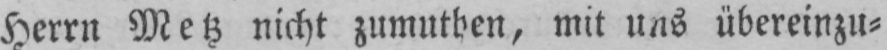
Herrn Metz nicht zumuthen, mit uns übereinzu⸗